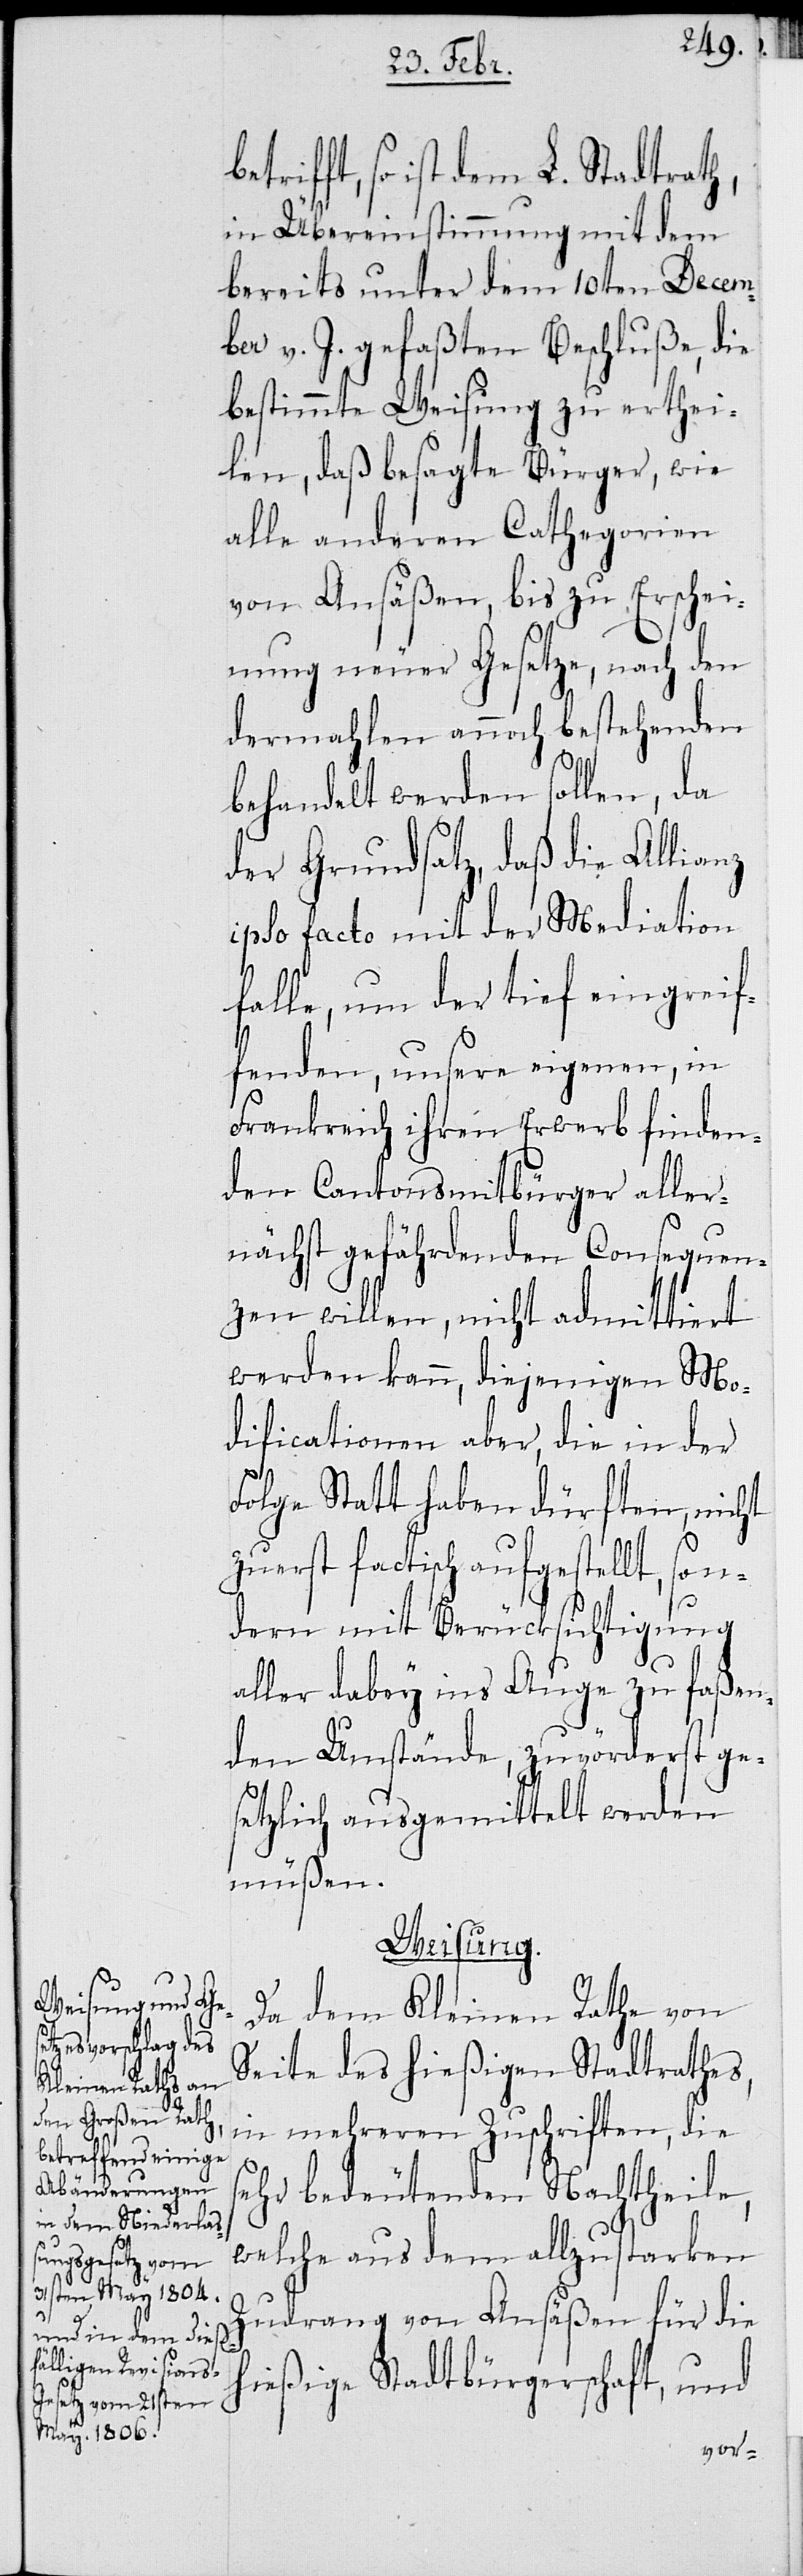
so ist dem L. Stadtrath,
in Übereinstimmung mit dem
bereits unter dem 10 Decem¬
ber v. J. gefaßten Beschluße, die
bestimmte Weisung zu erthei¬
len, daß besagte Bürger, wie
alle anderen Categorien
von Ansäßen, bis zu Erschei¬
nung neuer Gesetze, nach den
dermahlen annoch bestehenden
behandelt werden sollen, da
der Grundsatz, daß die Allianz
ipso facto mit der Mediation
falle, um der tief eingrei¬
fenden, unsere eigenen, in
Frankreich ihren Erwerb finden¬
den Cantonsmitbürger aller¬
nächst gefährdenden Consequen¬
zen willen, nicht admittiert
werden kann, diejenigen Mo¬
dificationen aber, die in der
Folge Statt haben dürften, nicht
zuerst factisch aufgestellt, son¬
dern mit Berücksichtigung
aller dabey ins Auge zu faßen¬
den Umstände, zuvörderst ges¬
etzlich ausgemittelt werden
müßen.
Weisung.
Da dem Kleinen Rathe von
Seite des hießigen Stadtraths,
in mehreren Zuschriften, die s¬
ehr bedeutenden Nachtheile,
welche aus dem allzustarken
Zudrang von Ansäßen für die
hießige Stadtbürgerschaft, und